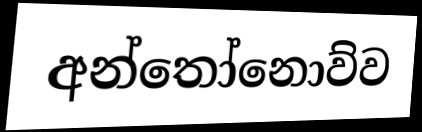
අන්තෝනොව්ව